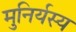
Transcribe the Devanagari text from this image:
मुनिर्यस्य